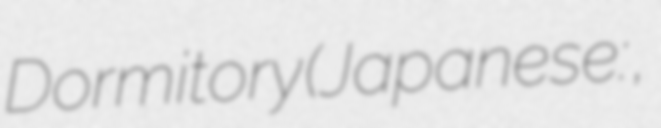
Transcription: Dormitory (Japanese: 女神寮の寮母くん。,